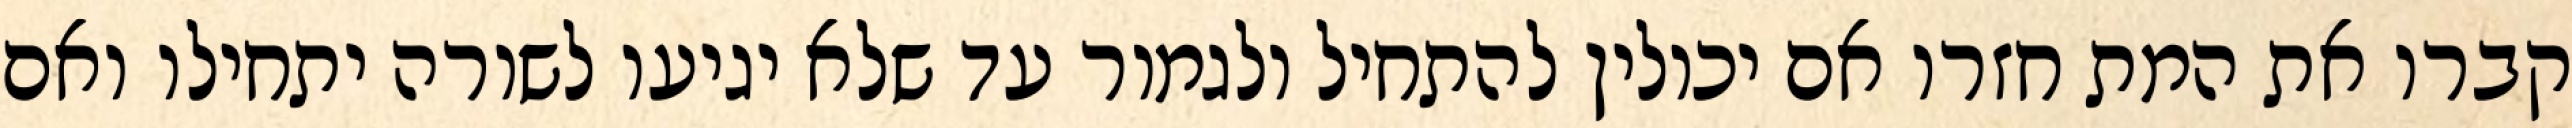
קברו את המת חזרו אם יכולין להתחיל ולגמור עד שלא יגיעו לשורה יתחילו ואם